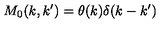
M _ { 0 } ( k , k ^ { \prime } ) = \theta ( k ) \delta ( k - k ^ { \prime } )